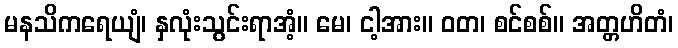
မနသိကရေယျံ၊ နှလုံးသွင်းရာအံ့။ မေ၊ ငါ့အား။ ဝတ၊ စင်စစ်။ အတ္တဟိတံ၊